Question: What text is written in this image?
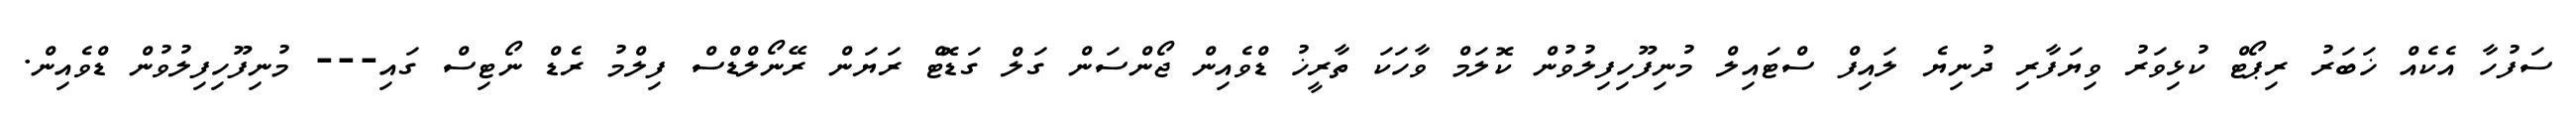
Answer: ސަފުހާ އެކެއް ޚަބަރު ރިޕޯޓް ކުޅިވަރު ވިޔަފާރި ދުނިޔެ ލައިފް ސްޓައިލް މުނިފޫހިފިލުވުން ކޮލަމް ވާހަކަ ތާރީޚު ޑްވެއިން ޖޯންސަން ގަލް ގަޑޮޓް ރަޔަން ރޭނޯލްޑްސް ފިލްމު ރެޑް ނޯޓިސް ގައި--- މުނިފޫހިފިލުވުން ޑްވެއިން.